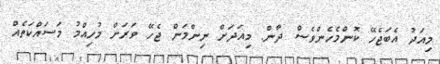
މިއަދު އެބަޖެހޭ ކޮންމެހެންވެސް ދާން. މިއަދަށް ނިންމަން ޖެހޭ ވަރަށް މުހިއްމު މަސައްކަތެއް